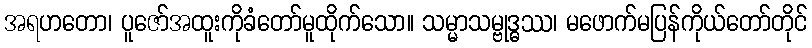
အရဟတော၊ ပူဇော်အထူးကိုခံတော်မူထိုက်သော။ သမ္မာသမ္ဗုဒ္ဓဿ၊ မဖောက်မပြန်ကိုယ်တော်တိုင်